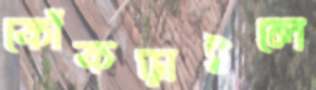
কোঁকড়াইলে